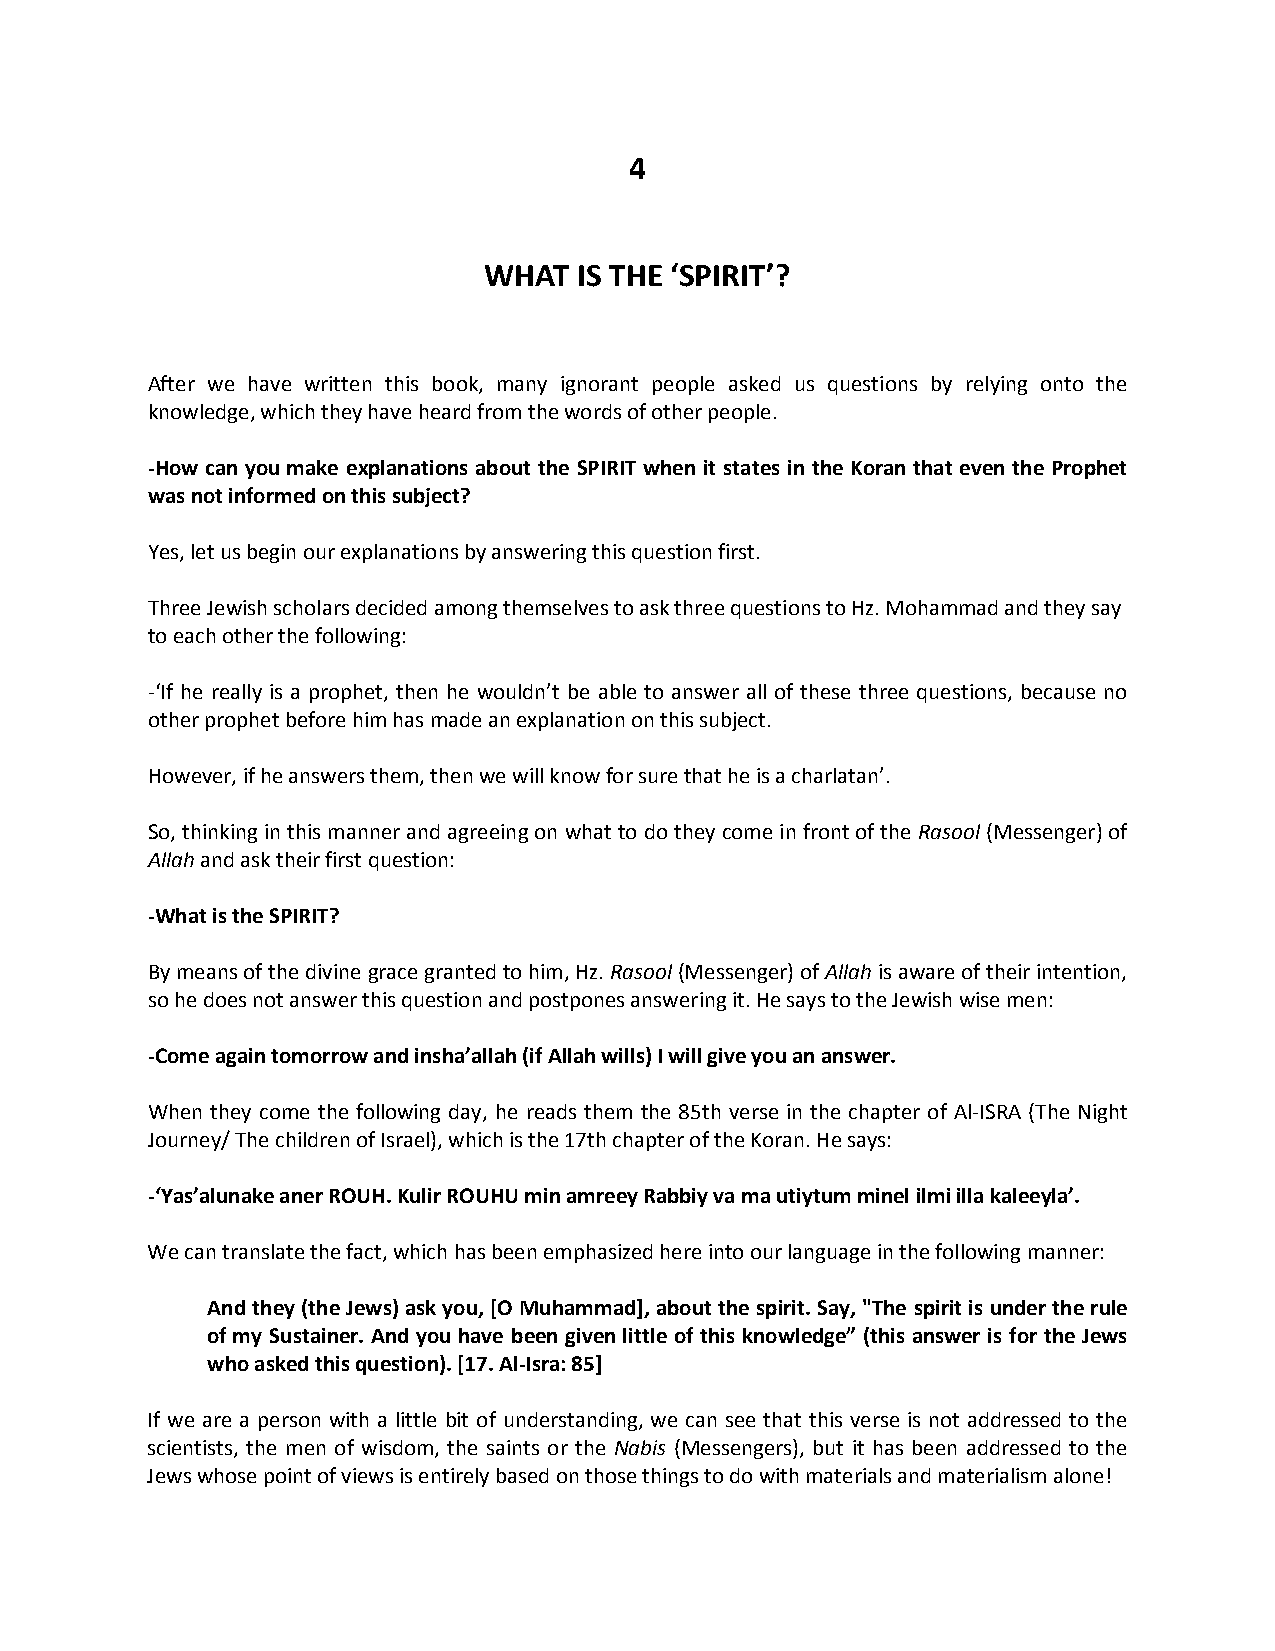
4
 WHAT  IS THE ‘SPIRIT’?
 After we have written this book, many ignorant people asked us questions by relying onto the
 knowledge, which they have heard from the words of other people.
 -How can you make explanations about the SPIRIT when it states in the Koran that even the Prophet
 was not informed on this subject?
 Yes, let us begin our explanations by answering this question first.
 Three Jewish scholars decided among themselves to ask three questions to Hz. Mohammad and they say
 to each other the following:
 -‘If he really is a prophet, then he wouldn’t be able to answer all of these three questions, because no
 other prophet before him has made an explanation on this subject.
 However, if he answers them, then we will know for sure that he is a charlatan’.
 So, thinking in this manner and agreeing on what to do they come in front of the Rasool (Messenger) of
 Allah and ask their first question:
 -What is the SPIRIT?
 By means of the divine grace granted to him, Hz. Rasool (Messenger) of Allah is aware of their intention,
 so he does not answer this question and postpones answering it. He says to the Jewish wise men:
 -Come again tomorrow and insha’allah (if Allah wills) I will give you an answer.
 When they come the following day, he reads them the 85th verse in the chapter of Al-ISRA (The Night
 Journey/ The children of Israel), which is the 17th chapter of the Koran. He says:
 -‘Yas’alunake aner ROUH. Kulir ROUHU min amreey Rabbiy va ma utiytum minel ilmi illa kaleeyla’.
 We can translate the fact, which has been emphasized here into our language in the following manner:
 And they (the Jews) ask you, [O Muhammad], about the spirit. Say, "The spirit is under the rule
 of my Sustainer. And you have been given little of this knowledge” (this answer is for the Jews
 who asked this question). [17. Al-Isra: 85]
 If we are a person with a little bit of understanding, we can see that this verse is not addressed to the
 scientists, the men of wisdom, the saints or the Nabis (Messengers), but it has been addressed to the
 Jews whose point of views is entirely based on those things to do with materials and materialism alone!